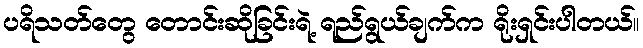
ပရိသတ်တွေ တောင်းဆိုခြင်းရဲ့ ရည်ရွယ်ချက်က ရိုးရှင်းပါတယ်။